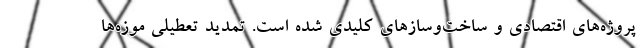
پروژه‌های اقتصادی و ساخت‌وسازهای کلیدی شده است. تمدید تعطیلی موزه‌ها